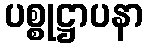
ပစ္စုဋ္ဌာပနာ